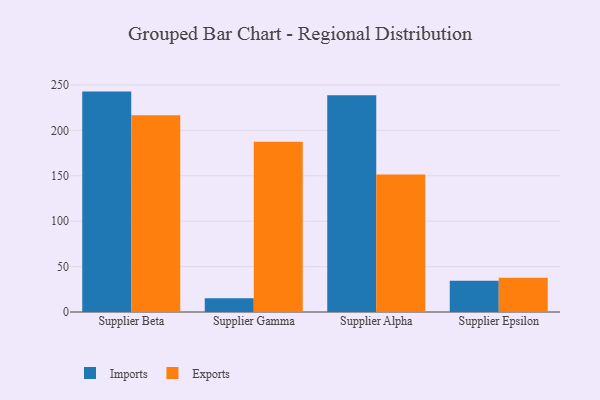
{"axis": {"x": "Supplier", "y": "Revenue (USD Million)"}, "legend": ["Exports", "Imports"], "data": [{"x": "Supplier Beta", "y": 242.7, "type": "Imports"}, {"x": "Supplier Beta", "y": 216.7, "type": "Exports"}, {"x": "Supplier Gamma", "y": 15.2, "type": "Imports"}, {"x": "Supplier Gamma", "y": 187.4, "type": "Exports"}, {"x": "Supplier Alpha", "y": 238.6, "type": "Imports"}, {"x": "Supplier Alpha", "y": 151.3, "type": "Exports"}, {"x": "Supplier Epsilon", "y": 34.5, "type": "Imports"}, {"x": "Supplier Epsilon", "y": 37.8, "type": "Exports"}]}